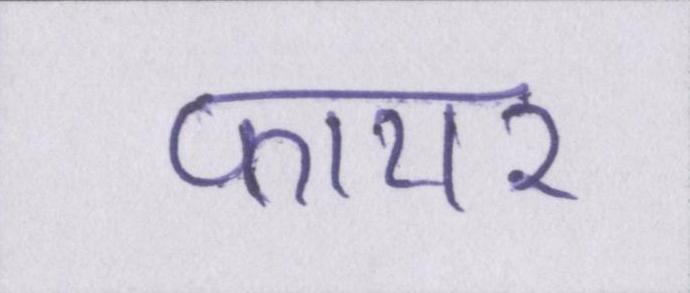
फायर